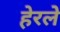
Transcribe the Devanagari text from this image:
हेरलेे